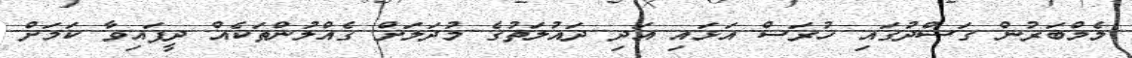
މެމްބަރުން ގަސްދުގައި ހުރަސް އަޅައި އަދި ދައުލަތުގެ މުދަލަށް ގެއްލުންތަކެއް ދީފައިވާ ކަމަށް